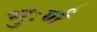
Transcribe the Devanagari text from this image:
भुःर्ण